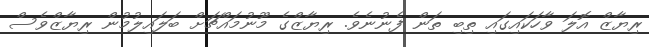
ރިޔާޒް އޮލަ ވާހަކައިގައި ތިބި ތަން ފެނުނެވެ. ރިޔާޒްގެ މޫނުމައްޗަށް ބަލައިލުމުން ރިޔާޒްވެސް